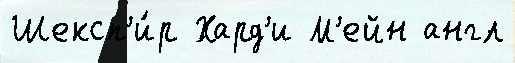
Шексп'и́р Хард'и М'ейн англ